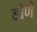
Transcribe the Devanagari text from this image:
डोणे